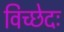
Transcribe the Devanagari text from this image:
विच्छेदः